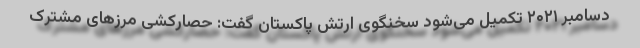
دسامبر ۲۰۲۱ تکمیل می‌شود سخنگوی ارتش پاکستان گفت: حصارکشی مرزهای مشترک